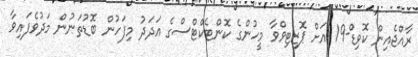
ރާއްޖެއިން ކޮވިޑް-19 އަށް ޕޮޒިޓިވްވާ މީހުންގެ ކޮންޓެކްޓްސްގެ އަދަދު މިފަހުން ބޮޑުތަނުން މަދުވެފައިވާ